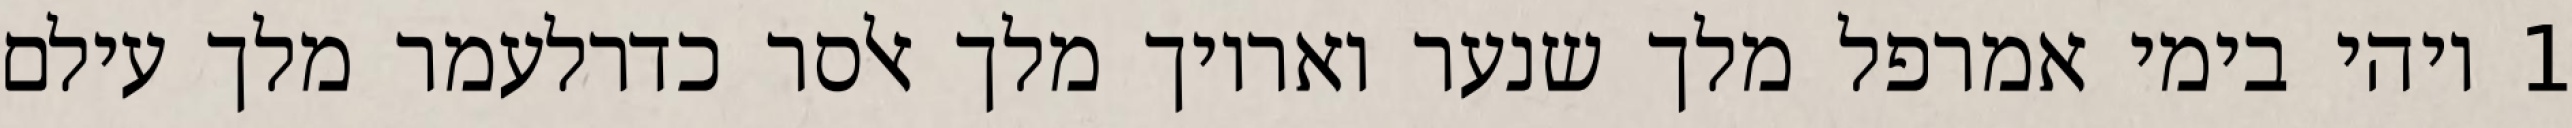
1 ויהי בימי אמרפל מלך שנער ואריוך מלך אלסר כדרלעמר מלך עילם